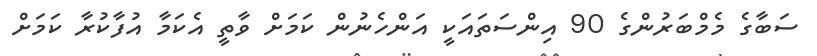
ސަބާގެ މެމްބަރުންގެ 90 އިންސަތައަކީ އަންހެނުން ކަމަށް ވާތީ އެކަމާ އުފާކުރާ ކަމަށް